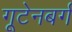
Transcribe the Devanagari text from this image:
गूटेनबर्ग